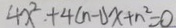
4 x ^ { 2 } . + 4 ( n - 1 ) x + n ^ { 2 } = 0